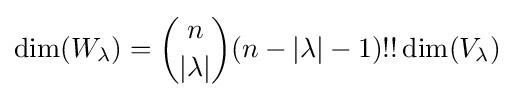
\dim(W_{\lambda })={\binom {n}{|\lambda |}}(n-|\lambda |-1)!!\dim(V_{\lambda })